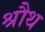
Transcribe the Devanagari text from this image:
श्रौथ